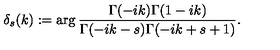
\delta _ { s } ( k ) : = \arg \frac { \Gamma ( - i k ) \Gamma ( 1 - i k ) } { \Gamma ( - i k - s ) \Gamma ( - i k + s + 1 ) } .